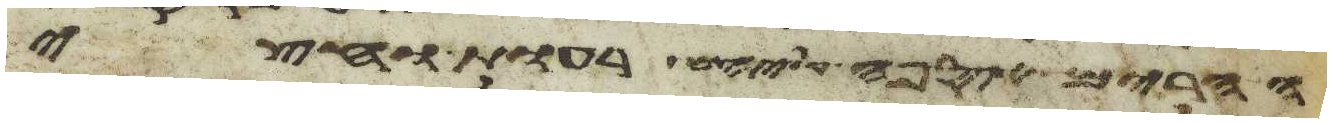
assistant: הרים אספה עליהם רעות וחצי